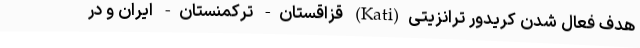
هدف فعال شدن کریدور ترانزیتی(Kati) قزاقستان- ترکمنستان- ایران و در